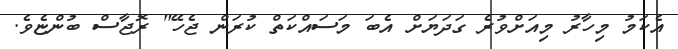
އެކަމު މިހާރު މިއަށްވުރެ ގަދަޔަށް އެބަ މަސައްކަތް ކުރަން ޖެހޭ" ރޮޖާސް ބުންޏެވެ.